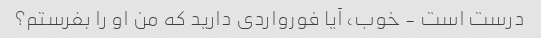
درست است - خوب، آیا فورواردی دارید که من او را بفرستم؟